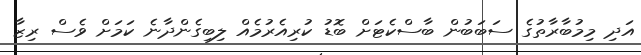
އަދި މިމުބާރާތުގެ ސަބަބުން ބާސްކެޓަށް ބޮޑު ކުރިއެރުމެއް ލިބިގެންދާނެ ކަމަށް ވެސް ރިޒާ